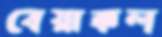
বেয়াক্কল